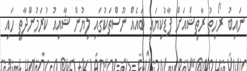
ނައިބު ރޯހިތު ރާތިޝްއަށް ފާޑުކިޔައި ބައެއް ނޫސްތަކުގައި ލިޔުން ޝާއިއު ކުރަމުންދާތީ ހައި